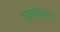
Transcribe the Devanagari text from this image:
पुनसंसाधन